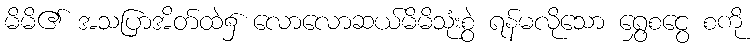
မိမိ၏ အသပြာအိတ်ထဲ၌ လောလောဆယ်မိမိသုံးစွဲ ရန်မလိုသော ရွှေစငွေ စကို